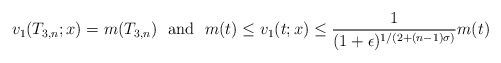
LaTeX: \begin{align*}v_1(T_{3,n};x)=m(T_{3,n})~~{\rm and}~~m(t)\leq v_1(t;x)\leq \frac{1}{(1+\epsilon)^{1/(2+(n-1)\sigma)}}m(t)\end{align*}